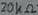
Text: 20kΩ